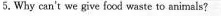
5.Why can't we give food waste to animals?